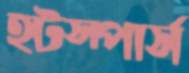
হটস্পার্স